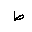
Letter: _da